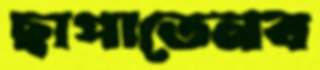
ছাপাতেনব